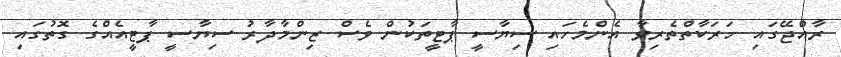
ރާއްޖޭގައި ހަރަކާތްތެރިވާ އެންމެހައި ސިޔާސީ ޕާޓީތަކުން ވެސް ޒިންމާދާރު ސިޔާސީ ޕާޓީއެއްގެ ގޮތުގައި